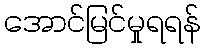
အောင်မြင်မှုရရန်